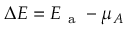
\Delta E = E _ { \mathrm { ~ a ~ } } - \mu _ { A }